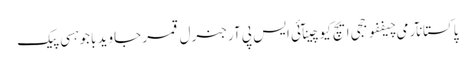
پاکستانآرمی چیففوججی ایچ کیوچینآئی ایس پی آرجنرل قمر جاوید باجوہسی پیک